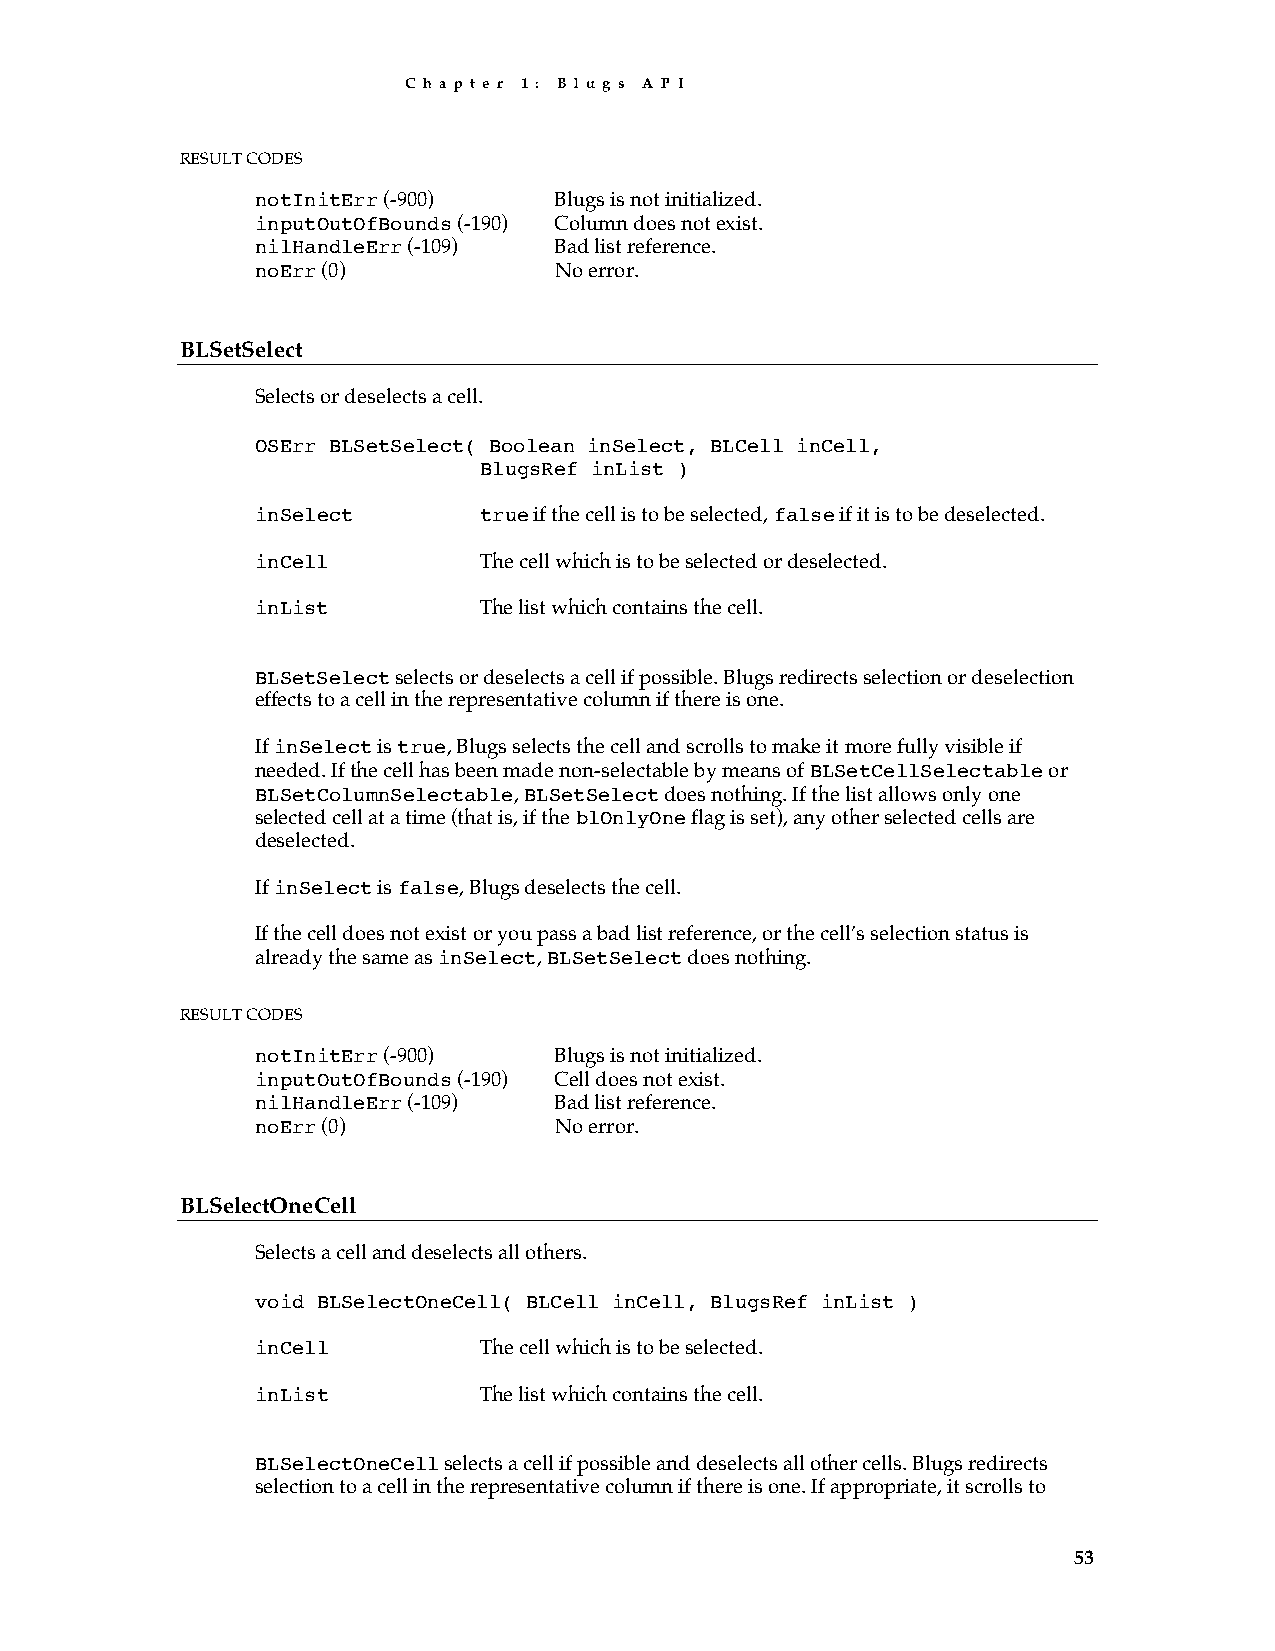
C h a p t e r 1 : B l u g s A P I
 RESULT CODES
 notInitErr (-900)   Blugs is not initialized.
 inputOutOfBounds (-190) Column does not exist.
 nilHandleErr (-109) Bad list reference.
 noErr (0)           No error.
 BLSetSelect
 Selects or deselects a cell.
 OSErr BLSetSelect( Boolean inSelect, BLCell inCell,
 BlugsRef inList )
 inSelect       true if the cell is to be selected, false if it is to be deselected.
 inCell         The cell which is to be selected or deselected.
 inList         The list which contains the cell.
 BLSetSelect selects or deselects a cell if possible. Blugs redirects selection or deselection
 effects to a cell in the representative column if there is one.
 If inSelect is true, Blugs selects the cell and scrolls to make it more fully visible if
 needed. If the cell has been made non-selectable by means of BLSetCellSelectable or
 BLSetColumnSelectable, BLSetSelect does nothing. If the list allows only one
 selected cell at a time (that is, if the blOnlyOne flag is set), any other selected cells are
 deselected.
 If inSelect is false, Blugs deselects the cell.
 If the cell does not exist or you pass a bad list reference, or the cell’s selection status is
 already the same as inSelect, BLSetSelect does nothing.
 RESULT CODES
 notInitErr (-900)   Blugs is not initialized.
 inputOutOfBounds (-190) Cell does not exist.
 nilHandleErr (-109) Bad list reference.
 noErr (0)           No error.
 BLSelectOneCell
 Selects a cell and deselects all others.
 void BLSelectOneCell( BLCell inCell, BlugsRef inList )
 inCell         The cell which is to be selected.
 inList         The list which contains the cell.
 BLSelectOneCell selects a cell if possible and deselects all other cells. Blugs redirects
 selection to a cell in the representative column if there is one. If appropriate, it scrolls to
 53